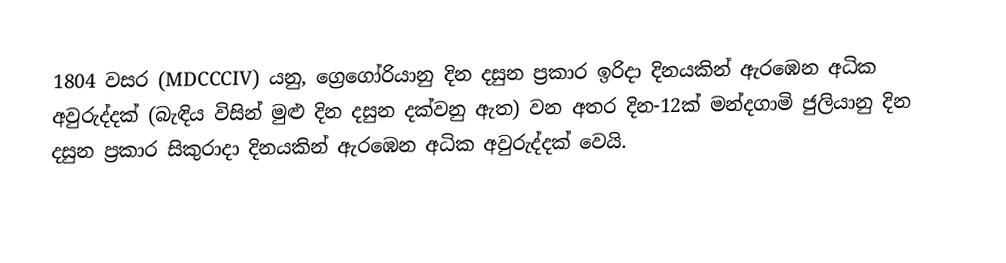

1804 වසර (MDCCCIV) යනු,  ග්‍රෙගෝරියානු දින දසුන ප්‍රකාර   ඉරිදා දිනයකින් ඇරඹෙන අධික අවුරුද්දක් (බැඳිය විසින් මුළු දින දසුන දක්වනු ඇත) වන අතර දින-12ක් මන්දගාමි  ජුලියානු දින දසුන ප්‍රකාර  සිකුරාදා දිනයකින් ඇරඹෙන අධික අවුරුද්දක් වෙයි.